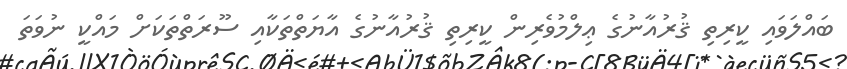
ބައްލަވައި ކީރިތި ޤުރުއާނުގެ ޢިލްމުވެރިން ކީރިތި ޤުރުއާނުގެ އާޔަތްތަކާއި ސޫރަތްތަކަށް މައްކީ ނުވަތަ